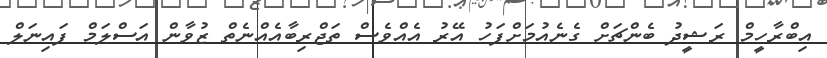
އިބްރާހީމް ރަޝީދު ބެންޗަށް ގެނެއުމަށްފަހު އޭރު އެއްވެސް ތަޖްރިބާއެއްނެތް ޒުވާން އަސްލަމް ފައިނަލް